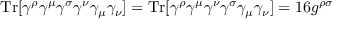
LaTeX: \mathrm { T r } [ \gamma ^ { \rho } \gamma ^ { \mu } \gamma ^ { \sigma } \gamma ^ { \nu } \gamma _ { \mu } \gamma _ { \nu } ] = \mathrm { T r } [ \gamma ^ { \rho } \gamma ^ { \mu } \gamma ^ { \nu } \gamma ^ { \sigma } \gamma _ { \mu } \gamma _ { \nu } ] = 1 6 g ^ { \rho \sigma }